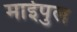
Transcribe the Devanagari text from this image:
माईपुल